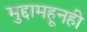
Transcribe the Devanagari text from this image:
मुद्दामहूनही